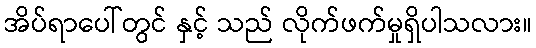
အိပ်ရာပေါ်တွင် နှင့် သည် လိုက်ဖက်မှုရှိပါသလား။